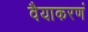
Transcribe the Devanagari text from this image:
वैयाकरणं